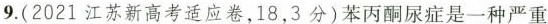
9.(2021江苏新高考适应卷，18，3分)苯丙酮尿症是一种严重